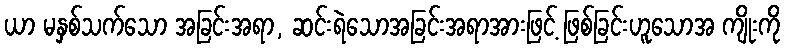
ယာ မနှစ်သက်သော အခြင်းအရာ, ဆင်းရဲသောအခြင်းအရာအားဖြင့် ဖြစ်ခြင်းဟူသောအ ကျိုးကို